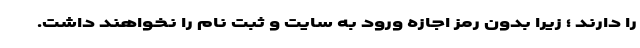
را دارند ؛ زیرا بدون رمز اجازه ورود به سایت و ثبت نام را نخواهند داشت.